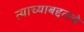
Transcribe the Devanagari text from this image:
त्याच्याबद्दलचे